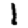
Digit: 1